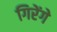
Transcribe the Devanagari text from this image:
गिरेंगे